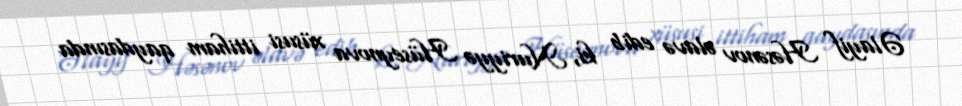
Əlayif Həsənov əlavə edib ki, Nuriyyə Hüseynova xüsusi ittiham qaydasında